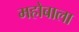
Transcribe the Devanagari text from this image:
महोबाला